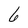
Character: 6